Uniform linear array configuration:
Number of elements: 4
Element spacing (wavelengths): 1
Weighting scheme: cosine
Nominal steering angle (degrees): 30
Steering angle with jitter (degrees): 29.123
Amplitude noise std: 0.05
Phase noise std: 0.05

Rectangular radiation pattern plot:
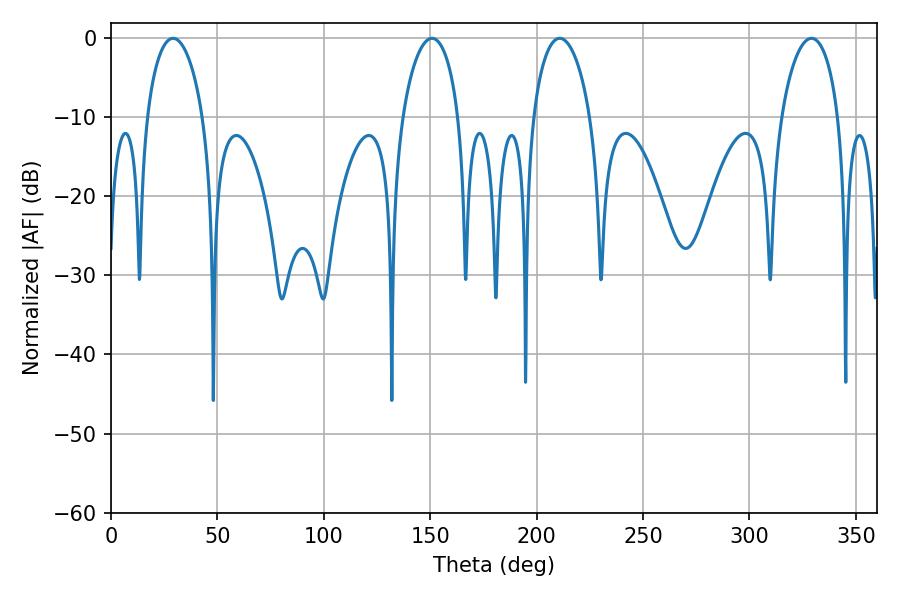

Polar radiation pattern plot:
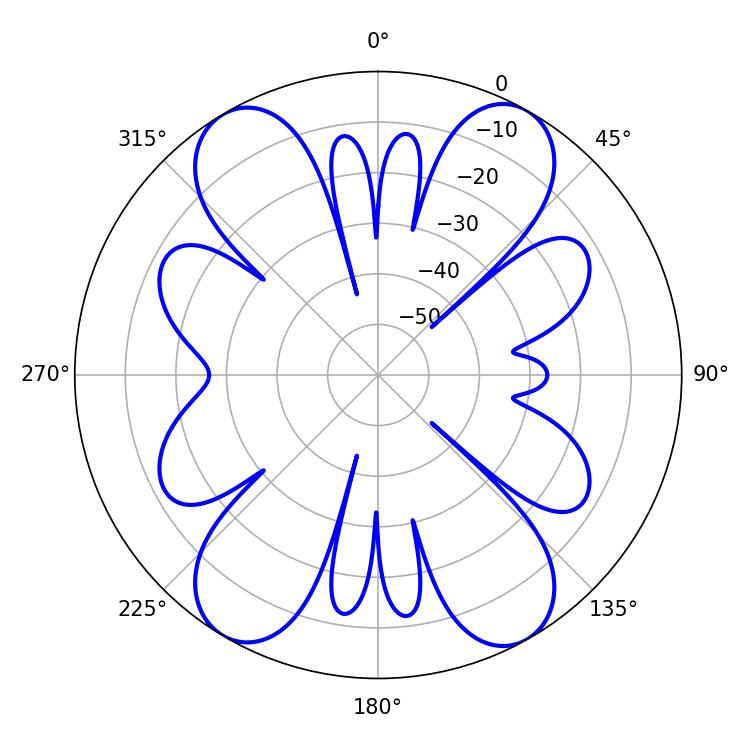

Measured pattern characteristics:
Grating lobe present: TRUE
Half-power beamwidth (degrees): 15.12
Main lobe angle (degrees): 29.16